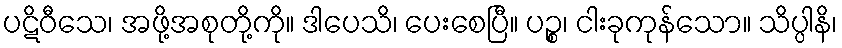
ပဋိဝီသေ၊ အဖို့အစုတို့ကို။ ဒါပေသိ၊ ပေးစေပြီ။ ပဉ္စ၊ ငါးခုကုန်သော။ သိပ္ပါနိ၊